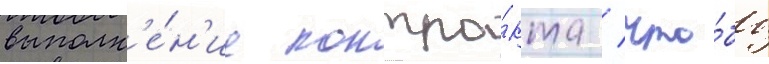
выполн'е́н'ие контра́кта / что́бы